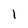
Character: l